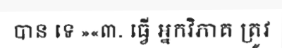
បាន ទេ »«៣. ធ្វើ អ្នកវិភាគ ត្រូវ